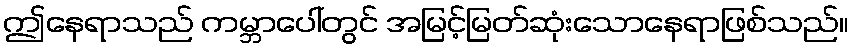
ဤနေရာသည် ကမ္ဘာပေါ်တွင် အမြင့်မြတ်ဆုံးသောနေရာဖြစ်သည်။